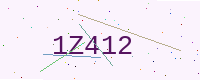
Text: 1Z412